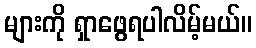
များကို ရှာဖွေရပါလိမ့်မယ်။